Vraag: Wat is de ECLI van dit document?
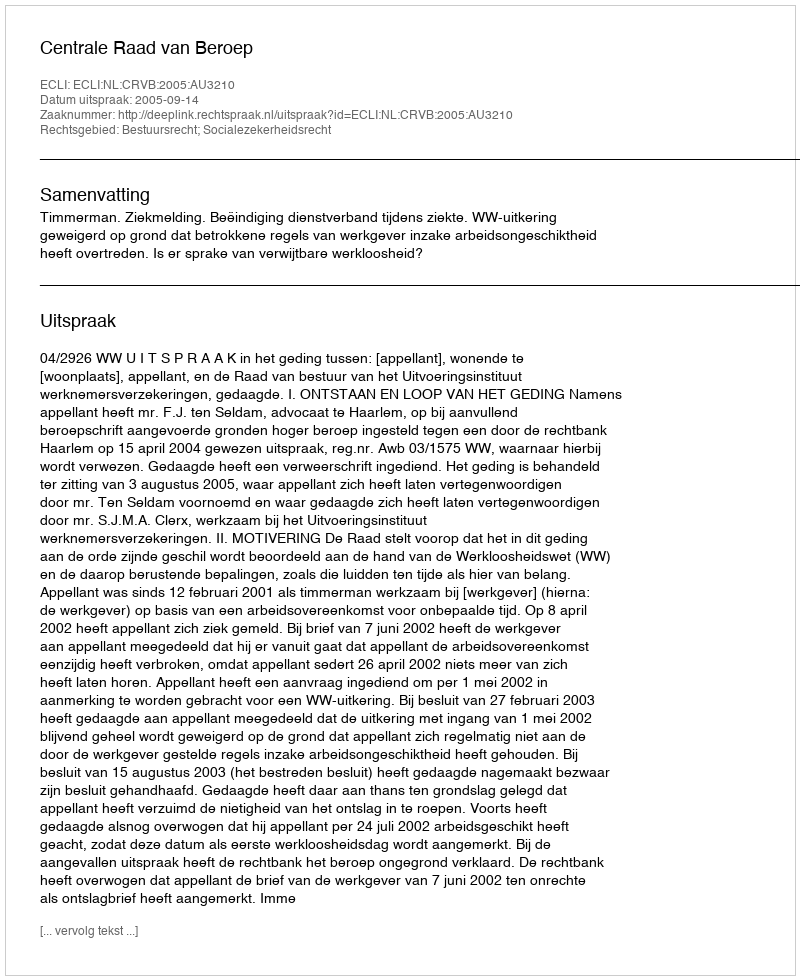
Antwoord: ECLI:NL:CRVB:2005:AU3210